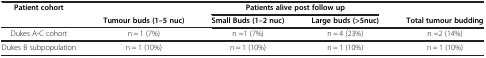
| <ROWSPAN=2> Patient cohort |  | <COLSPAN=2> Patients alive post follow up |  |
 | Tumour buds (1–5 nuc) | Small Buds (1–2 nuc) | Large buds (>5nuc) | Total tumour budding |
 | --- | --- | --- | --- | --- |
 | Dukes A-C cohort | n = 1 (7%) | n =1 (7%) | n = 4 (23%) | n =2 (14%) |
 | Dukes B subpopulation | n = 1 (10%) | n = 1 (10%) | n = 1 (10%) | n = 1 (10%) |